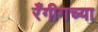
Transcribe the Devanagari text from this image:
रँगीगच्या